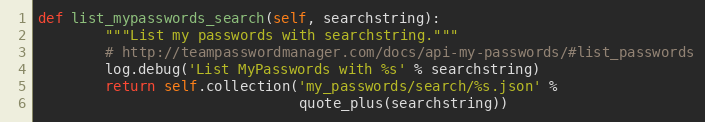
Language: Python
def list_mypasswords_search(self, searchstring):
        """List my passwords with searchstring."""
        # http://teampasswordmanager.com/docs/api-my-passwords/#list_passwords
        log.debug('List MyPasswords with %s' % searchstring)
        return self.collection('my_passwords/search/%s.json' %
                               quote_plus(searchstring))